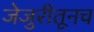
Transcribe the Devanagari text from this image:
जेजुरीतूनच